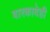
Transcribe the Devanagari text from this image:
बारकावेही